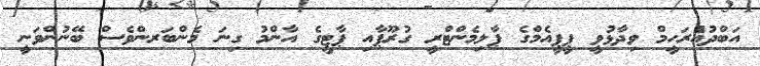
އަބްދުއްެރަހީމް ވިދާޅުވީ ޕީޕީއެމްގެ ޕާލިމެންޓްރީ ގުރޫޕާއި ޕާޓީގެ އާންމު ގިނަ މެންބަރންވެސް ބޭނުންވަނީ